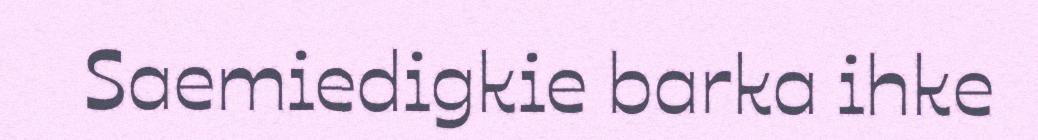
Saemiedigkie barka ihke